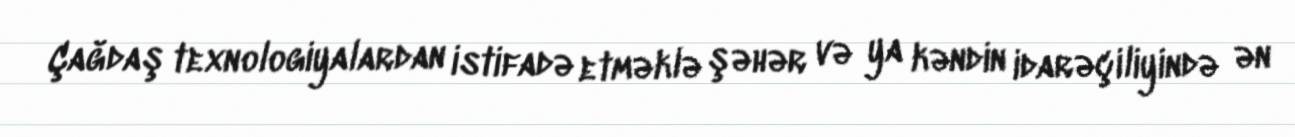
Çağdaş texnologiyalardan istifadə etməklə şəhər və ya kəndin idarəçiliyində ən